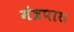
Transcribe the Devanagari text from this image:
मंत्रपाठ